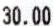
30.00